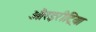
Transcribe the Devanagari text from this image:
औरइरीट्रिया